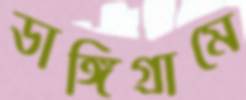
ডাঙ্গিগ্রামে